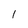
Character: l